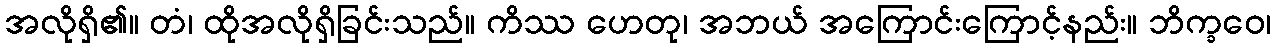
အလိုရှိ၏။ တံ၊ ထိုအလိုရှိခြင်းသည်။ ကိဿ ဟေတု၊ အဘယ် အကြောင်းကြောင့်နည်း။ ဘိက္ခဝေ၊